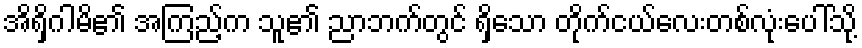
အိရှိဂါမိ၏ အကြည့်က သူ၏ ညာဘက်တွင် ရှိသော တိုက်ငယ်လေးတစ်လုံးပေါ်သို့